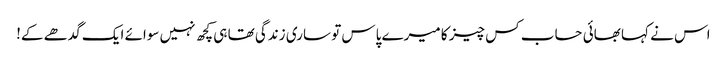
اس نے کہا بھائی حساب کس چیز کا میرے پاس تو ساری زندگی تھا ہی کچھ نہیں سوائے ایک گدھے کے!